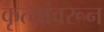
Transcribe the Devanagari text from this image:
कृत्यांवरून